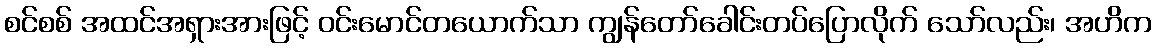
စင်စစ် အထင်အရှားအားဖြင့် ဝင်းမောင်တယောက်သာ ကျွန်တော်ခေါင်းတပ်ပြောလိုက် သော်လည်း၊ အဟိက